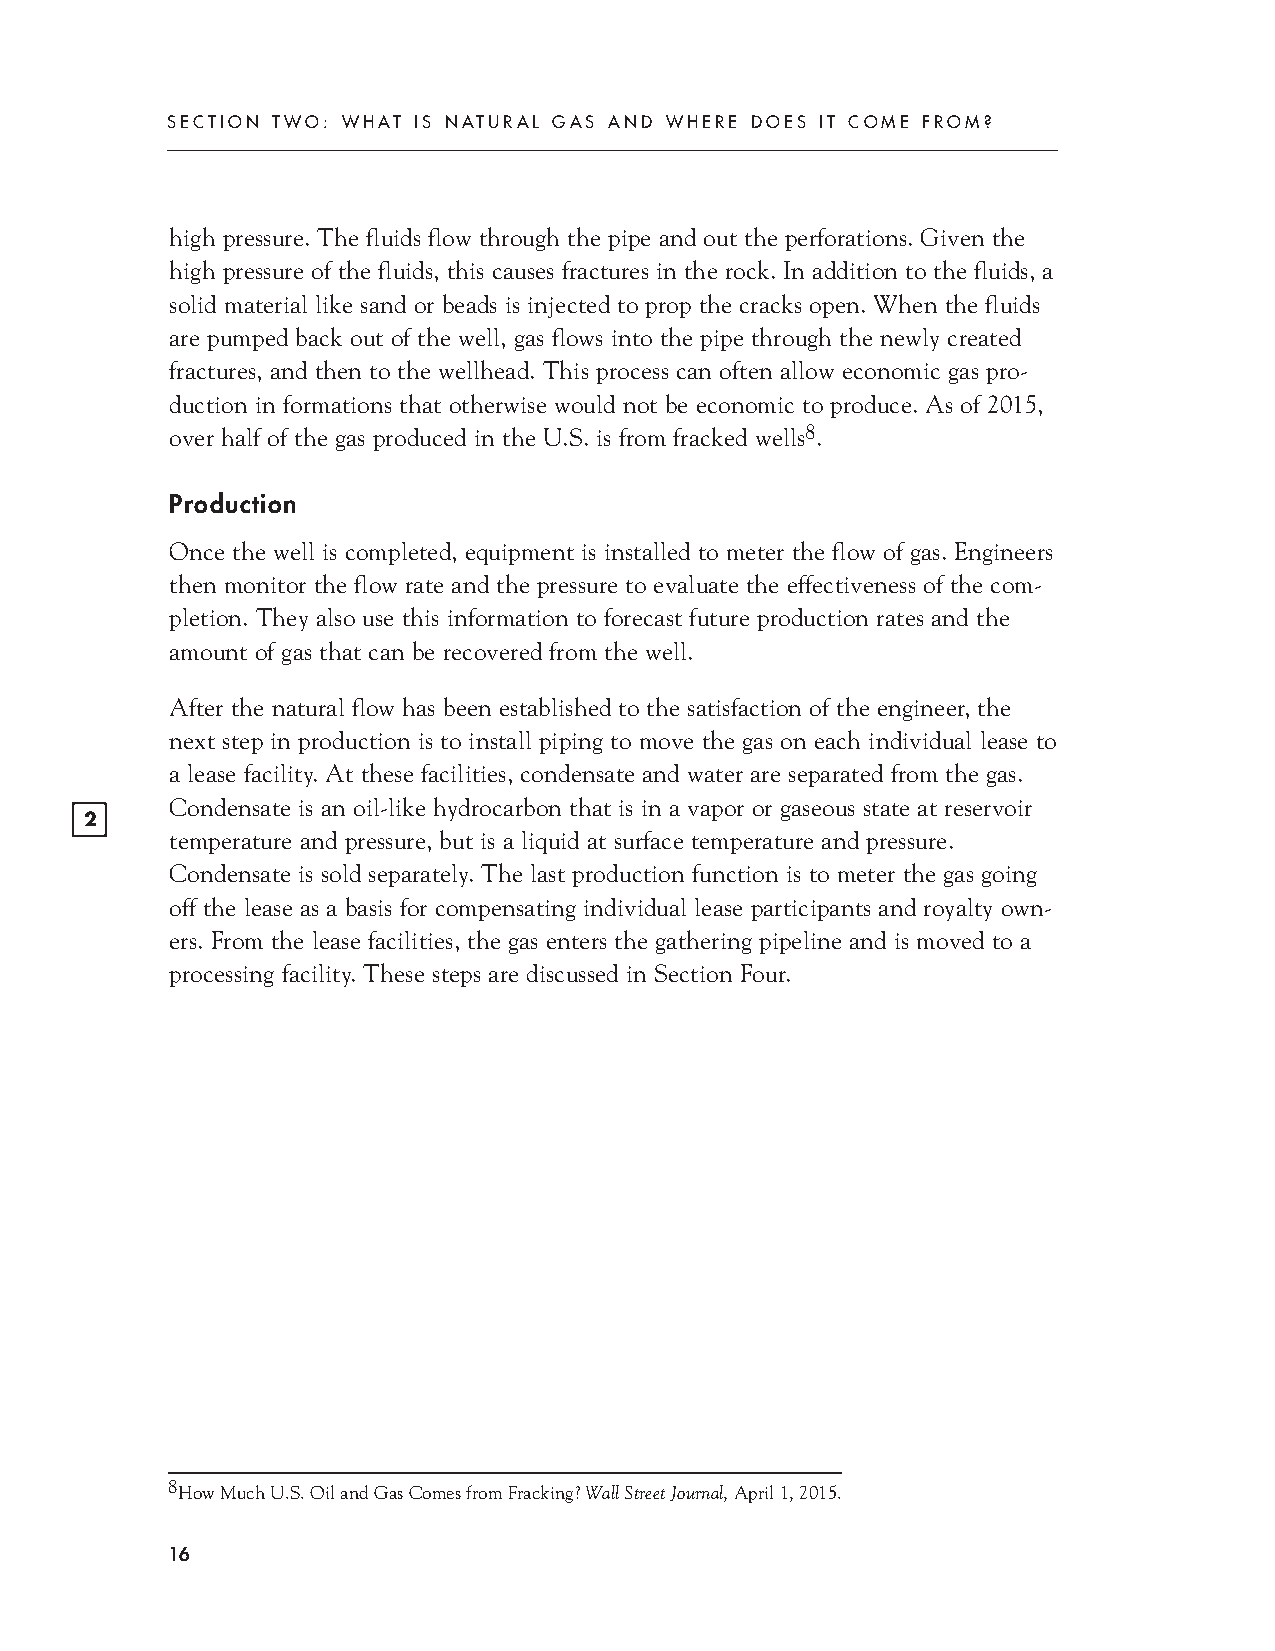
SECTION TWO: WHAT IS NATURAL GAS AND WHERE DOES IT COME FROM?
 high pressure. The fluids flow through the pipe and out the perforations. Given the
 high pressure of the fluids, this causes fractures in the rock. In addition to the fluids, a
 solid material like sand or beads is injected to prop the cracks open. When the fluids
 are pumped back out of the well, gas flows into the pipe through the newly created
 fractures, and then to the wellhead. This process can often allow economic gas pro-
 duction in formations that otherwise would not be economic to produce. As of 2015,
 over half of the gas produced in the U.S. is from fracked wells8.
 Production
 Once the well is completed, equipment is installed to meter the flow of gas. Engineers
 then monitor the flow rate and the pressure to evaluate the effectiveness of the com-
 pletion. They also use this information to forecast future production rates and the
 amount of gas that can be recovered from the well.
 After the natural flow has been established to the satisfaction of the engineer, the
 next step in production is to install piping to move the gas on each individual lease to
 a lease facility. At these facilities, condensate and water are separated from the gas.
 Condensate is an oil-like hydrocarbon that is in a vapor or gaseous state at reservoir
 2
 temperature and pressure, but is a liquid at surface temperature and pressure.
 Condensate is sold separately. The last production function is to meter the gas going
 off the lease as a basis for compensating individual lease participants and royalty own-
 ers. From the lease facilities, the gas enters the gathering pipeline and is moved to a
 processing facility. These steps are discussed in Section Four.
 8HowMuchU.S.OilandGasComesfromFracking?WallStreetJournal,April1,2015.
 16